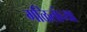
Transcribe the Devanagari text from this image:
गळितांच्या